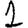
Digit: 1